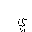
Letter: _ya